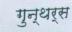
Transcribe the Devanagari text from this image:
गुन्थर्स